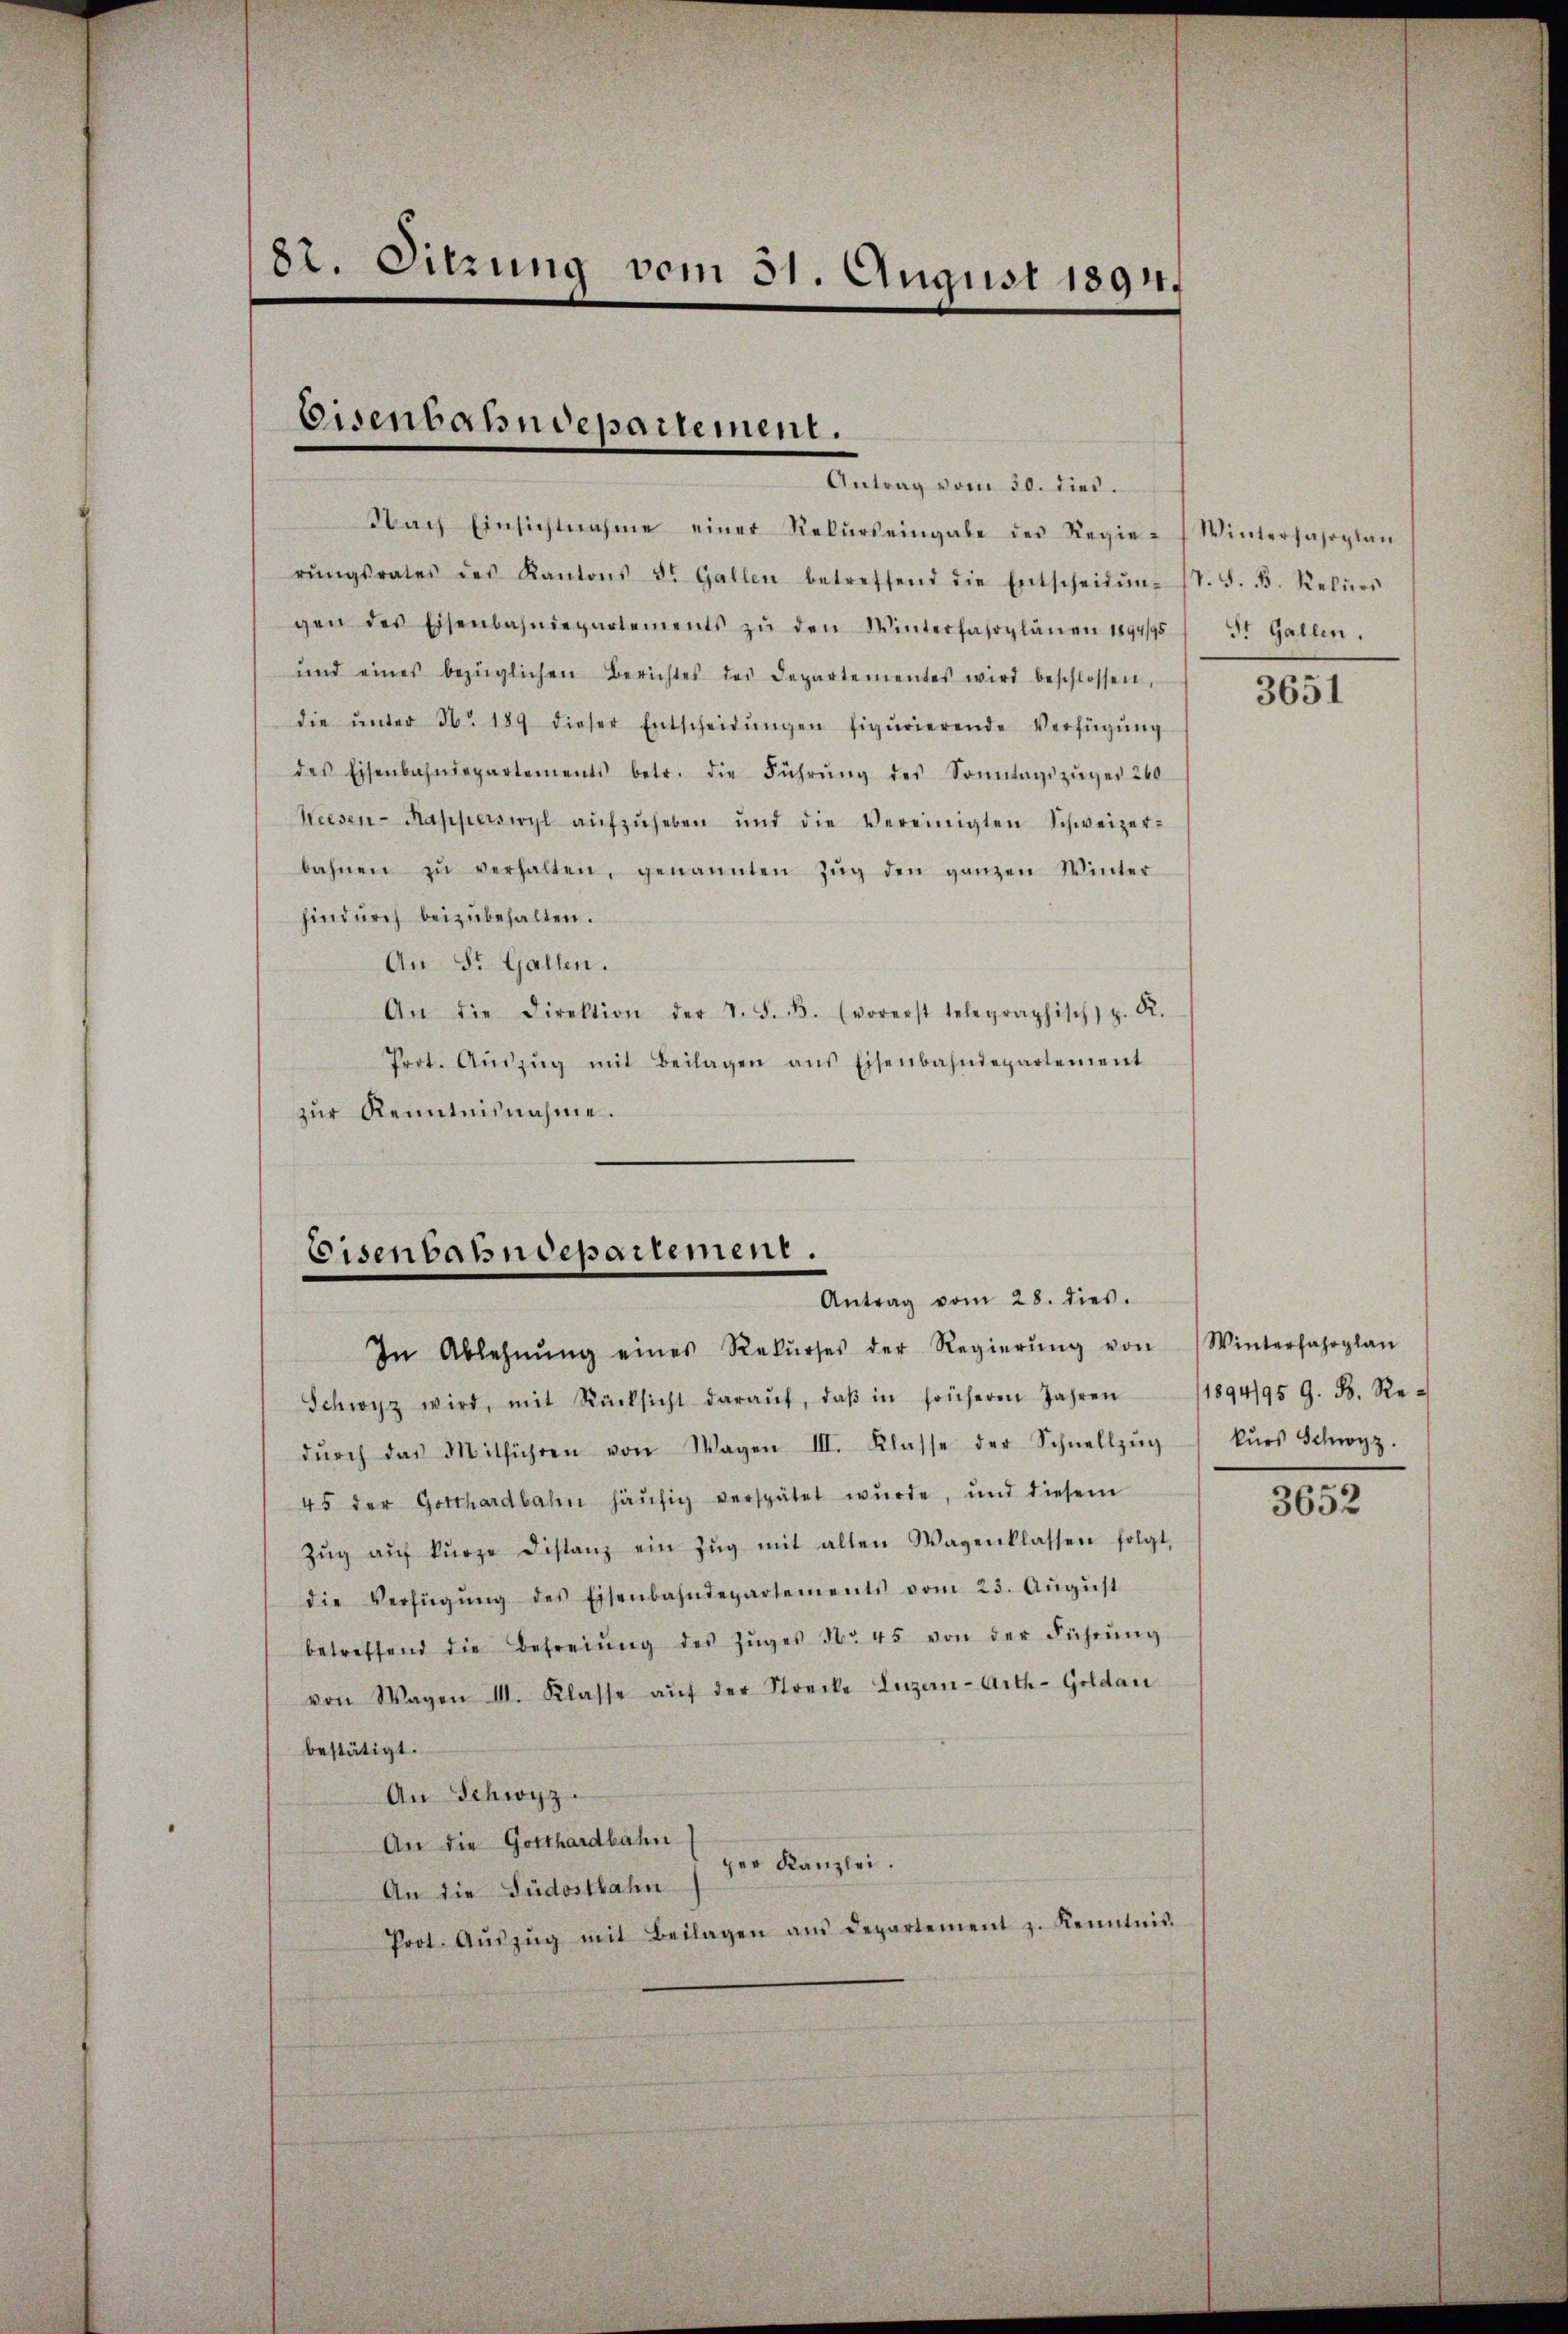
82. Sitzung vom 31. August 1894.

Eisenbahndepartement.
Antrag vom 30. dies.

Nach Einsichtnahme einer Rekŭrs eingabe des Regie-Winterfahrplan
rŭngsrates des Kantons St. Gallen betreffend die Entscheidŭng st. S. d. Rekŭrs
gen des Eisenbahndepartements zŭ den Winterfahrplänen 1894/95
und eines bezüglichen Berichtes des Departementes wird beschlossen,
die ŭnter No 189 dieser Entscheidŭngen figurierende Verfügŭng
des Eisenbahndepartements betr. die Führŭng des Sonntagszüger 260
Weesen-Mapperswyl aŭfzŭheben und die Vereinigten Schweizer-
bahnen zŭ verhalten, genannten Zŭg den ganzen Winter
hindurch beizubehalten.
An St. Gallen.
An die Direktion der L. S. B. (vorerst telegraphisch) z. R.
Prot. Aŭszŭg mit Beilagen ans Eisenbahndepartement
zŭr Kenntnisnahme.

teisenbahndepartement.
Antrag vom 28. dies.

In Ablehnŭng eines Rekŭrses der Regierŭng von Winterfahrplan
Schwyz wird, mit Rücksicht daraŭf, daβ in früheren Jahren 1894/95 G. B. Re-
dŭrch das Mitführen von Wagen III. Klasse der Schnellzŭg
45 der Gotthardbahn häŭfig verspätet wŭrde, und diesem
Zŭg aŭf kŭrze Distanz ein Zŭg mit alten Wagenklassen folgt,
die Verfügŭng des Eisenbahndepartements vom 23. Aŭgŭst
betreffend die Befreiung des Zŭger No. 45 von der Führŭng
von Wagen III. Klasse aŭf der Strecke Luzern-Arth-Goldau
bestätigt.
An Schwyz.
An die Gotthardbahn
An die Südostbahn h. der Kanzlei.
Prot. Aŭszŭg mit Beilagen am Departement z. Kenntnis.

St. Gallen.

3651

kurs Schwyz.

3652